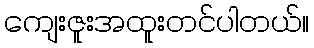
ကျေးဇူးအထူးတင်ပါတယ်။